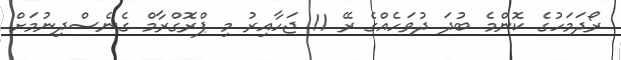
ރޯދަމަހުގެ ކޮންމެ ބުދަ ދުވަހެއްގެ ރޭ 11 ޖަހާއިރު މި ޕްރޮގްރާމް ގެނެސްދިނުމަށް